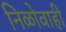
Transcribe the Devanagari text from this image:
निळोवाही